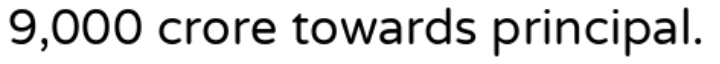
9,000 crore towards principal.